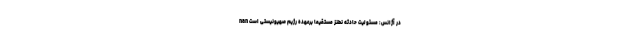
در آژانس: مسئولیت حادثه نطنز مستقیما برعهده رژیم صهیونیستی است nan